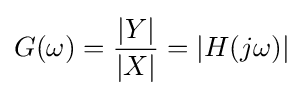
G(\omega )={\frac {|Y|}{|X|}}=|H(j\omega )|